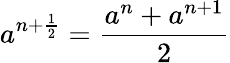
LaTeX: a^{n+\frac{1}{2}}=\frac{a^{n}+a^{n+1}}{2}